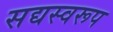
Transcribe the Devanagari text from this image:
सद्यस्वरूप